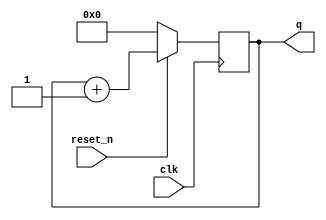
`timescale 1ns / 1ps
//////////////////////////////////////////////////////////////////////////////////
// Company: 
// Engineer: 
// 
// Design Name: 
// Module Name: counter
// Project Name: 
// Target Devices: 
// Tool Versions: 
// Description: 
// 
// Dependencies: 
// 
// Revision:
// Revision 0.01 - File Created
// Additional Comments:
// 
//////////////////////////////////////////////////////////////////////////////////


module counter( 
    input clk,
    input reset_n,
//    output [15:0] q
    output [15:0] q
    );
    
//    reg [15:0] count_val;


    reg [15:0] count_val;
    reg [31:0] clk_tick_count;
    
//    always @ (posedge clk) begin
//        if (!reset_n) begin
////            count_val = 16'b0;
//            count_val = 4'b0;
//            clk_tick_count = 32'b0;
            
//        end
//        else begin
//            if (clk_tick_count < 100000000)
//                clk_tick_count = clk_tick_count + 1;
//            else begin
//                count_val = count_val + 1;
//                clk_tick_count = 32'b0;
//            end
//        end
//    end


// TO USE SWITCH AS THE CLOCK 

always @ (posedge clk) begin
        if (!reset_n) begin
//            count_val = 16'b0;
            count_val = 16'b0;            
        end
        else begin
                count_val = count_val + 1;
            end
    end
    


    
    assign q = count_val;
endmodule